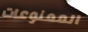
الممنوعات